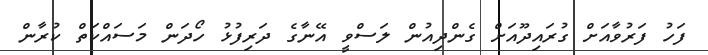
ފަހު ފަރުވާއަށް ގުރައިދޫއަށް ގެންދިއުން ލަސްވީ އޭނާގެ ދަރިފުޅު ހޯދަން މަސައްކަތް ކުރާން